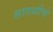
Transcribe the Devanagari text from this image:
सातळीचे